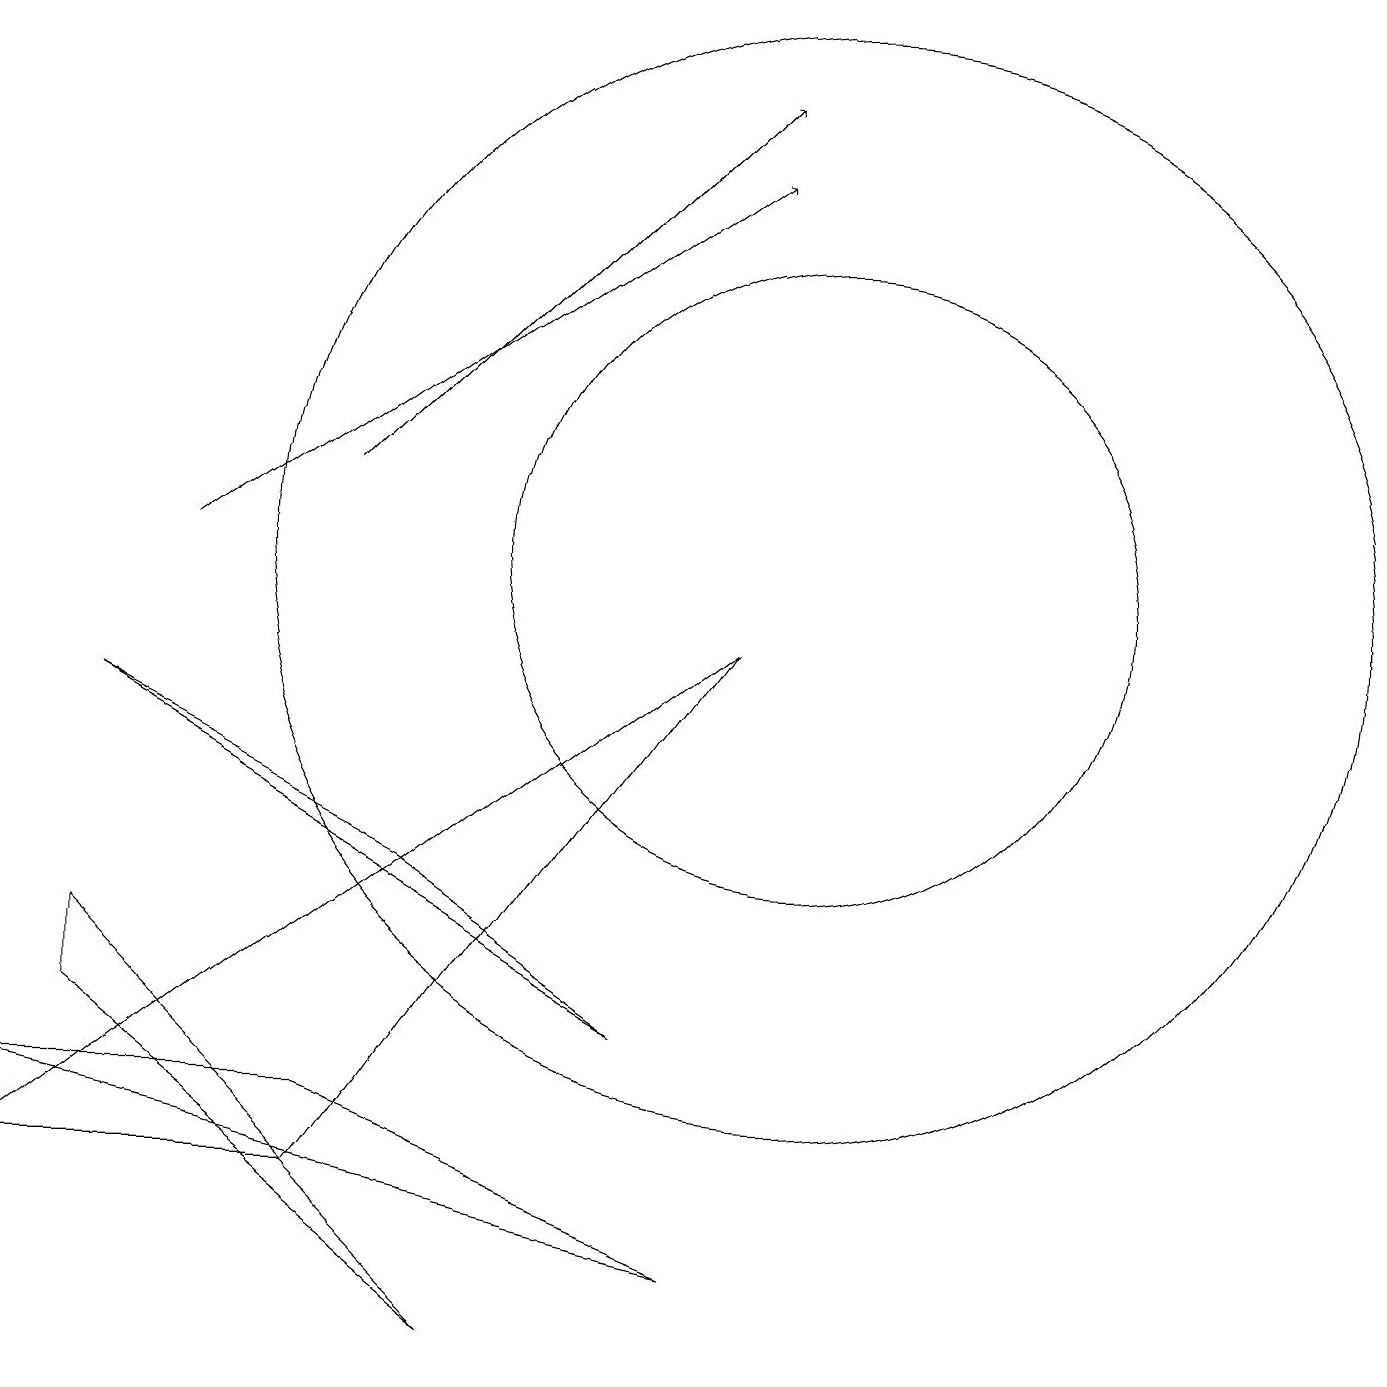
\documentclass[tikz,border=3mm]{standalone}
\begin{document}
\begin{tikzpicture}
\draw (5,6) -- (1,8) -- (8,4) -- cycle;
\draw (9,9) -- (0,2) -- (4,2) -- cycle;
\draw (4,3) -- (0,3) -- (9,1) -- cycle;
\draw[->] (2,10) -- (9,15);
\draw (6,0) -- (1,4) -- (1,5) -- cycle;
\draw (10,10) circle (4);
\draw (10,10) circle (7);
\draw[->] (4,11) -- (9,16);
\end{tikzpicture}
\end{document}